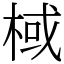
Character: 棫